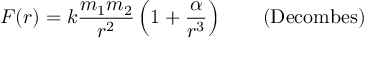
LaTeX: F ( r ) = k { \frac { m _ { 1 } m _ { 2 } } { r ^ { 2 } } } \left( 1 + { \frac { \alpha } { r ^ { 3 } } } \right) \qquad { \mathrm { ( D e c o m b e s ) } }